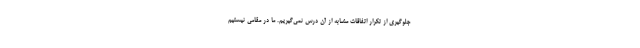
جلوگیری از تکرار اتفاقات مشابه از آن درس نمی‌گیریم. ما در مقامی نیستیم